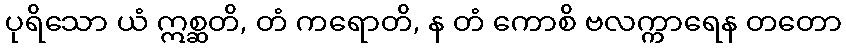
ပုရိသော ယံ ဣစ္ဆတိ, တံ ကရောတိ, န တံ ကောစိ ဗလက္ကာရေန တတော